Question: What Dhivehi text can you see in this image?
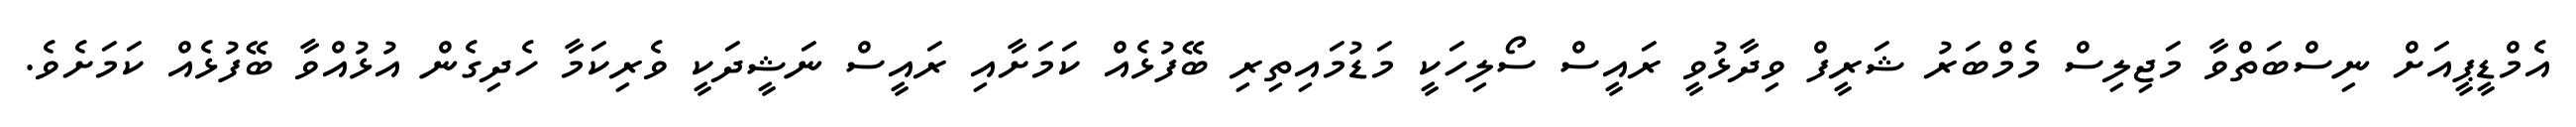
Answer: އެމްޑީޕީއަށް ނިސްބަތްވާ މަޖިލިސް މެމްބަރު ޝަރީފް ވިދާޅުވީ ރައީސް ސޯލިހަކީ މަޑުމައިތިރި ބޭފުޅެއް ކަމަށާއި ރައީސް ނަޝީދަކީ ވެރިކަމާ ހެދިގެން އުޅުއްވާ ބޭފުޅެއް ކަމަށެވެ.